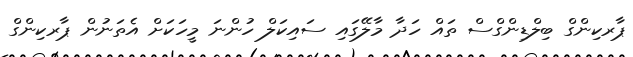
ޕާރކިންގް ބިލްޑިންގްސް ތައް ހަދާ މާލޭގައި ސައިކަލް ހުންނަ މީހަކަށް އެތަނުން ޕާރކިންގް